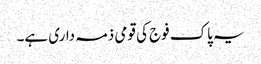
یہ پاک فوج کی قومی ذمہ داری ہے۔